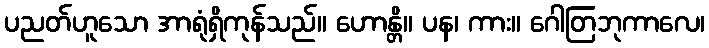
ပညတ်ဟူသော အာရုံရှိကုန်သည်။ ဟောန္တိ။ ပန၊ ကား။ ဂေါတြဘုကာလေ၊